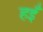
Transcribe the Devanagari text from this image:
हइँ